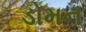
ડોમન